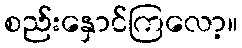
စည်းနှောင်ကြလော့။